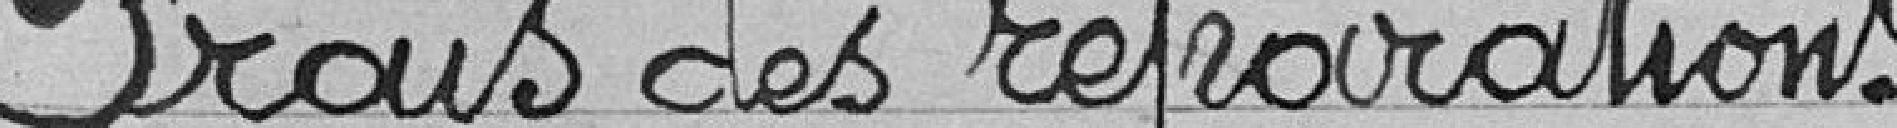
Frais des réparations